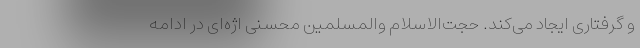
و گرفتاری ایجاد می‌کند. حجت‌الاسلام والمسلمین محسنی اژه‌ای در ادامه